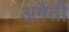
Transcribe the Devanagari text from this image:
अगैती